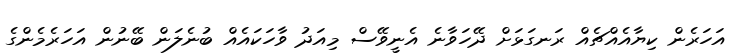
އަހަރެން ކިޔާއެއްޗެއް ރަނގަޅަށް ދޭހަވާނެ އެނީވޭސް މިއަދު ވާހަކައެއް ބުނެލަން ބޭނުން އަހަރެމެންގެ